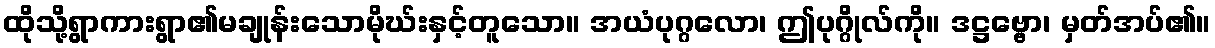
ထိုသို့ရွာကားရွာ၏မချုန်းသောမိုဃ်းနှင့်တူသော။ အယံပုဂ္ဂလော၊ ဤပုဂ္ဂိုလ်ကို။ ဒဋ္ဌဗ္ဗော၊ မှတ်အပ်၏။